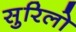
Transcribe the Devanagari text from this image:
सुरिलो